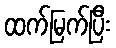
ထက်မြက်ပြီး